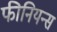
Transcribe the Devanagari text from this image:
फीनियन्स